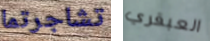
تشاجرتما العبقري